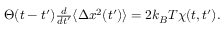
\begin{array} { r } { \Theta ( t - t ^ { \prime } ) \frac { d } { d t ^ { \prime } } \langle \Delta x ^ { 2 } ( t ^ { \prime } ) \rangle = 2 k _ { B } T \chi ( t , t ^ { \prime } ) . } \end{array}